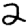
Digit: 2